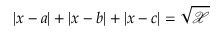
\left| x - a \right| + \left| x - b \right| + \left| x - c \right| = \sqrt { \mathcal { X } }